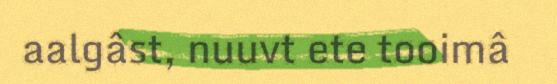
aalgâst, nuuvt ete tooimâ